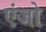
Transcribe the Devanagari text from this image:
एंजो